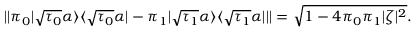
| | \pi _ { 0 } | \sqrt { \tau _ { 0 } } \alpha \rangle \langle \sqrt { \tau _ { 0 } } \alpha | - \pi _ { 1 } | \sqrt { \tau _ { 1 } } \alpha \rangle \langle \sqrt { \tau _ { 1 } } \alpha | | | = \sqrt { 1 - 4 \pi _ { 0 } \pi _ { 1 } | \zeta | ^ { 2 } } .